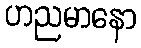
ဟညမာနော